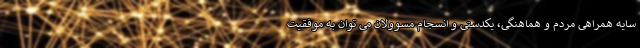
سایه همراهی مردم و هماهنگی، یکدستی و انسجام مسوولان می توان به موفقیت